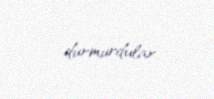
durmurdular.